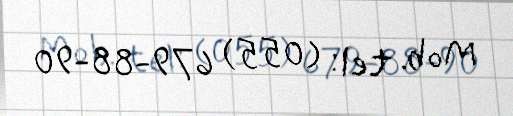
Mob. tel: (055) 679-88-90